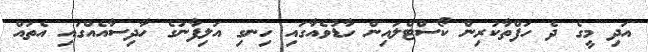
އަދި މީގެ ދެ ހަފްތާކުރިން ކޯސްޓްލައިން ހާޑުވެއާގައި ހިނގި އަލިފާނުގެ ހާދިސާއެއްގައި އެތައް